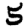
Digit: 5